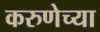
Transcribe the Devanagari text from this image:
करुणेच्या